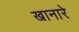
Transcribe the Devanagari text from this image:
खानारे